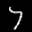
Label: 7